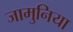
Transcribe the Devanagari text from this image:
जामुनिया